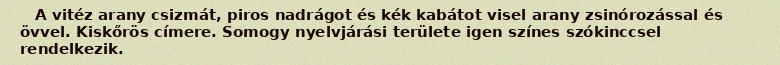
A vitéz arany csizmát, piros nadrágot és kék kabátot visel arany zsinórozással és övvel. Kiskőrös címere. Somogy nyelvjárási területe igen színes szókinccsel rendelkezik.